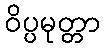
ဝိပ္ပမုတ္တာ